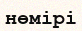
нөмірі